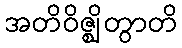
အတိဝိဇ္ဈိတွာတိ